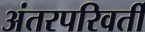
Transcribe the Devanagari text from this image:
अंतरपरिवर्ती